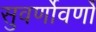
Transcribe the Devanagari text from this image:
सुवर्णोवर्णो